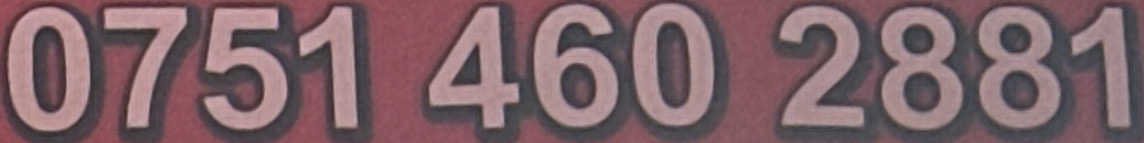
0751 460 2881